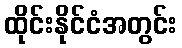
ထိုင်းနိုင်ငံအတွင်း